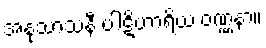
အနုသာသနီ ပါဋိဟာရိယ ဝဏ္ဏနာ။